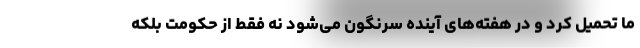
ما تحمیل کرد و در هفته‌های آینده سرنگون می‌شود نه فقط از حکومت بلکه